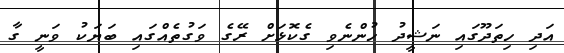
އަދި ހިތަދޫގައި ނަޝީދު ހުންނެވި ގެކޮޅަށް ރޭގެ ވަގުތެއްގައި ބަޔަކު ވަނީ ގާ